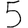
Digit: 5